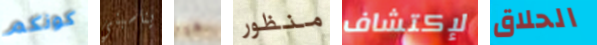
كونكم يناسبني هيا منظور لإكتشاف الحلاق